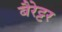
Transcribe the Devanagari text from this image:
बैरेट्टर